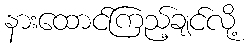
နားထောင်ကြည့်ချင်လို့